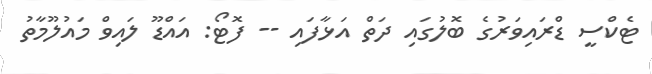
ޓެކްސީ ޑްރައިވަރުގެ ބޮލުގައި ދަތް އަޅާފައި -- ފޮޓޯ: އައްޑޫ ލައިވް މައުލޫމާތު